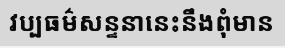
វប្បធម៌សន្ទនានេះនឹងពុំមាន